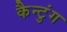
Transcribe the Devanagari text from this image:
कैन्टुंग